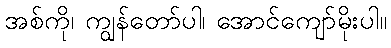
အစ်ကို၊ ကျွန်တော်ပါ၊ အောင်ကျော်မိုးပါ။